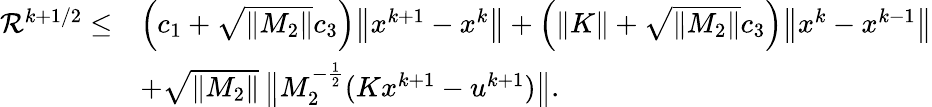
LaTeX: \begin{array}{rl}{\mathcal{R}^{k+1/2}\leq}&{\left(c_{1}+\sqrt{\| M_{2}\| }c_{3}\right)\big\| x^{k+1}-x^{k}\big\| +\left(\| K\| +\sqrt{\| M_{2}\| }c_{3}\right)\big\| x^{k}-x^{k-1}\big\| }\\ {}&{+\sqrt{\| M_{2}\| }\, \big\| M_{2}^{-\frac 12}(Kx^{k+1}-u^{k+1})\big\| .}\end{array}